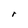
Character: r